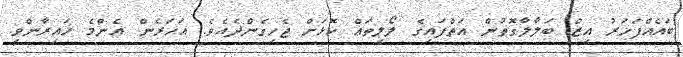
ބައެއްފަހަރު އިޒް ބަލާލާގޮތުން އަތްފައިގެ ލޯލިތައް ކޮޅަށް ޖެހިގެންދެއެވެ. އަހަރެން އެންމެ ހައިރާންވީ